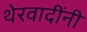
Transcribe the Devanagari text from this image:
थेरवादींनी